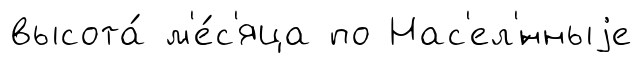
высота́ м'е́с'яца по Нас'ел'́нныjе